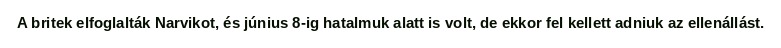
A britek elfoglalták Narvikot, és június 8-ig hatalmuk alatt is volt, de ekkor fel kellett adniuk az ellenállást.